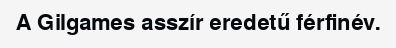
A Gilgames asszír eredetű férfinév.